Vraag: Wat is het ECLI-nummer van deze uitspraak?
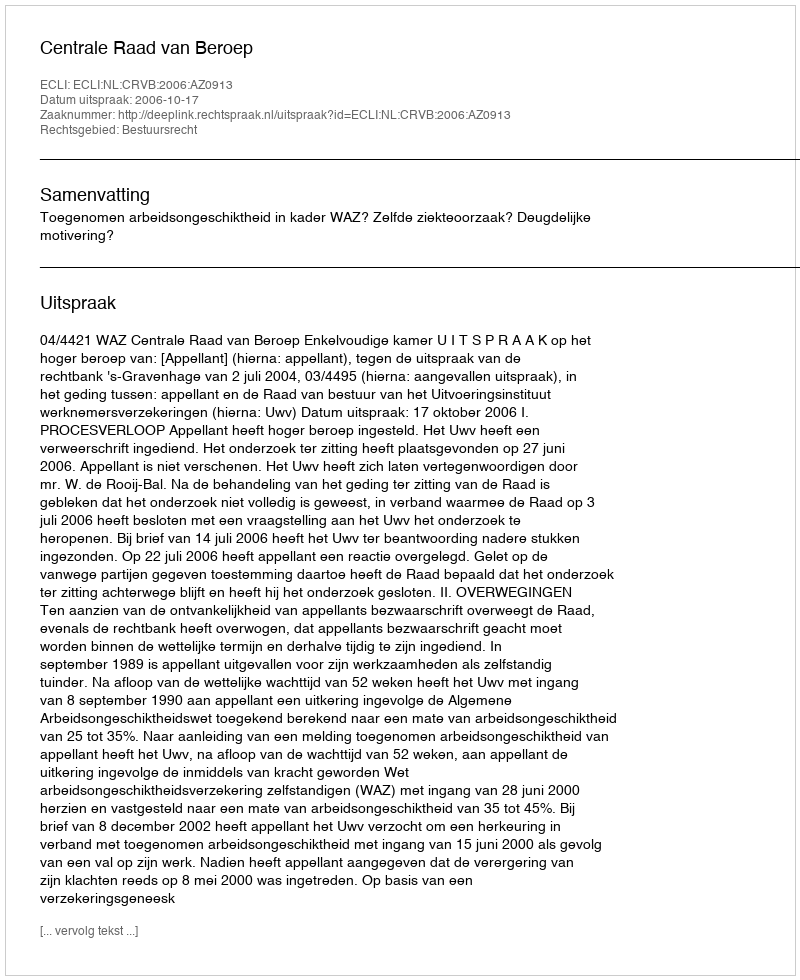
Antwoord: ECLI:NL:CRVB:2006:AZ0913